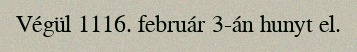
Végül 1116. február 3-án hunyt el.